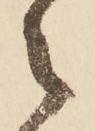
々